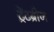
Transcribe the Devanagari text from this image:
ट्रेंटब्रीज